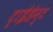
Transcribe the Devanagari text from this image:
ट्राईडेन्ट